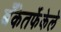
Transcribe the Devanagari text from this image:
बँकेतर्फेकेले